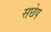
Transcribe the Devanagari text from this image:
सछेप